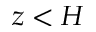
z < H